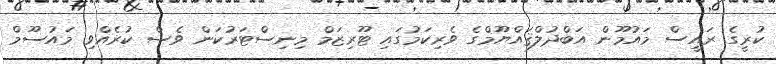
ކުރީގެ ރައީސް މައުމޫން އަބްދުލްޤައްޔޫމްގެ ވެރިކަމުގައި ޓޫރިޒަމް މިނިސްޓަރުކަން ވެސް ކުރެއްވި މައުސޫމް